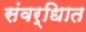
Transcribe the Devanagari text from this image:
संवर्धिात